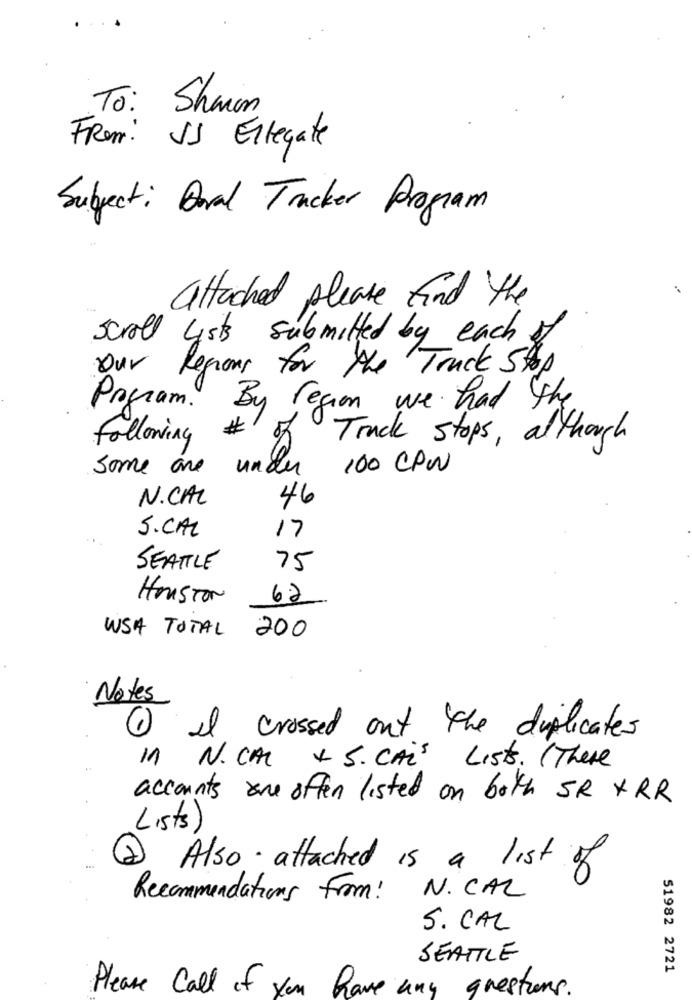
To: Sharon
Frem: IS Ellegate
Subject: Oral Tracker Program
attached please find the
scroll Lists submitted by each of
our Regions for the Truck Stop
Program.
By region we had the
#
following
57
Track stops, although
under
100 CPW
some are
N.CAL
46
S. CAL
17
SEATTLE
75
HOUSTON
6.2
USA TOTAL
200
Notes
1 il crossed out the duplicates
in N. CAL + S. CAis List. (There
accounts one offen listed on both SR XRR
Lists)
Also attached is a list of
Recommendations From!
N. CAL
S. CAL
SEATTLE
51982 2721
Please Call of you have any questions.